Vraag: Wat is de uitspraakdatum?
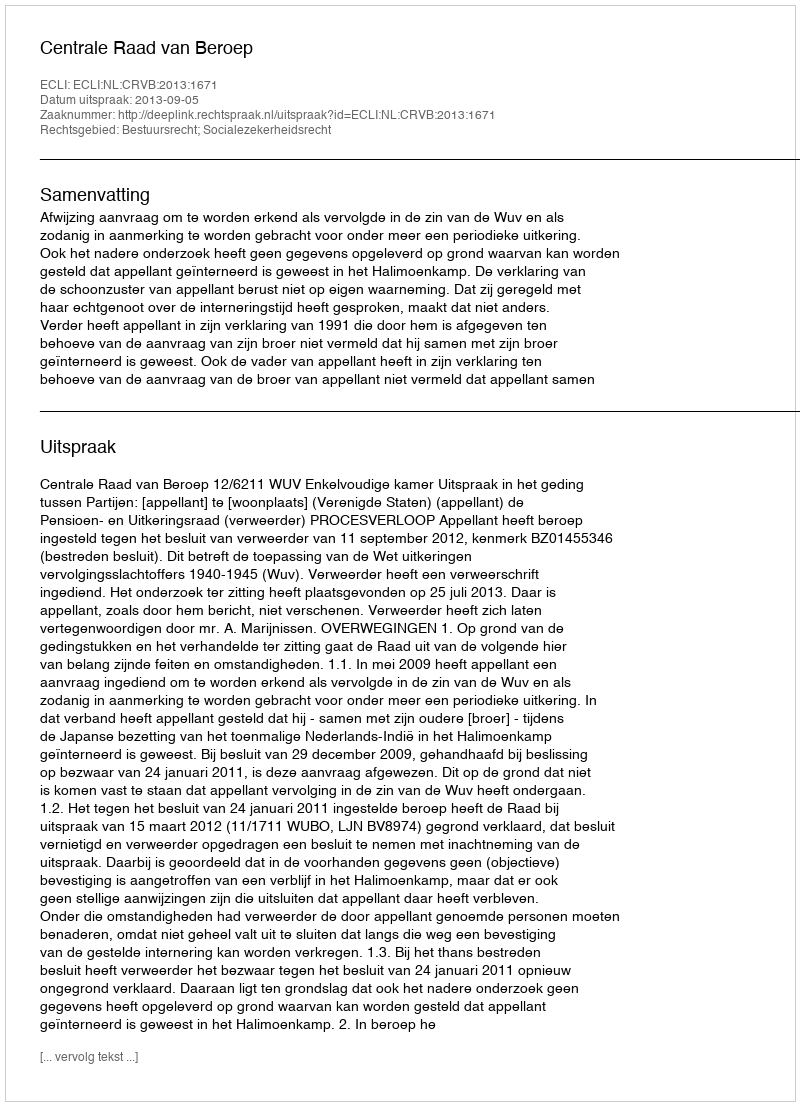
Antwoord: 2013-09-05